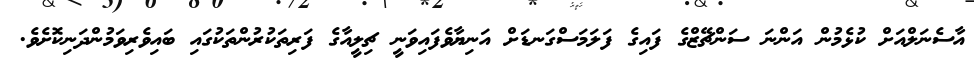
އާސެނަލްއަށް ކުޅެމުން އަންނަ ސަންޗޭޒްގެ ފައިގެ ފަލަމަސްގަނޑަށް އަނިޔާވެފައިވަނީ ޗިލީއާގެ ފަރިތަކުރުންތަކުގައި ބައިވެރިވަމުންދަނިކޮށެވެ.